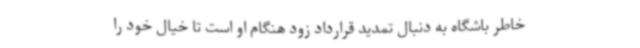
خاطر باشگاه به دنبال تمدید قرارداد زود هنگام او است تا خیال خود را